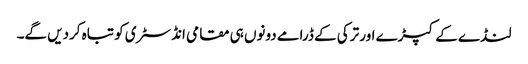
لنڈے کے کپڑے اور ترکی کے ڈرامے دونوں ہی مقامی انڈسٹری کو تباہ کردیں گے۔